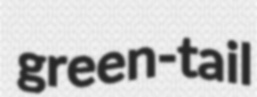
green-tail